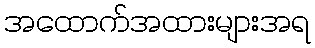
အထောက်အထားများအရ